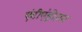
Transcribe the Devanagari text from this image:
एंटीएंड्रोजन